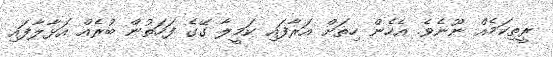
ރީތިކަމެއް ނޫނެވެ. އެހެން ހިތަށް އަރާފައި ކަމީލާ ގޭގެ ފަހަތުން ބުރެއް އަޅާލާފައި